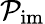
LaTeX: \mathcal{P}_{\mathrm{im}}